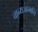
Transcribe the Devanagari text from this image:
चान्यजन्मनि